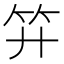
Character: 𥫠